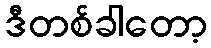
ဒီတစ်ခါတော့